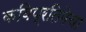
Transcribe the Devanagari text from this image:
कविप्रतिमेचा